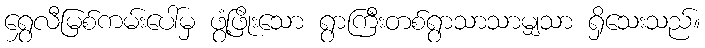
ရွှေလီမြစ်ကမ်းပေါ်မှ ဖွံ့ဖြိုးသော ရွာကြီးတစ်ရွာသာသာမျှသာ ရှိသေးသည်။